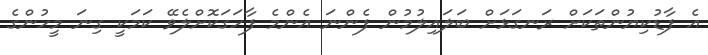
އެ ފާޑުކިޔުންތަކަށް ރަނގަޅަށް ބަލައިލުމުން ފެންނަ އެންމެ ފާހަގަކޮށްލެވޭ ކަމަކީ ގިނަ މީހުންގެ